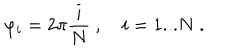
LaTeX: \varphi _ { i } = 2 \pi \frac { i } { N } \ , \quad i = 1 . . . N \ .